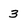
Character: 3